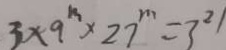
3 \times 9 ^ { m } \times 2 7 ^ { m } = 3 ^ { 2 1 }